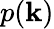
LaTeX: p(\mathbf{k})